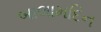
બાલામદિન